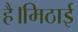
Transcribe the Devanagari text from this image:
है।मिठाई